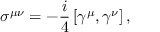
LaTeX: \sigma ^ { \mu \nu } = - { \frac { i } { 4 } } \left[ \gamma ^ { \mu } , \gamma ^ { \nu } \right] ,